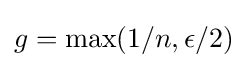
g=\max(1/n,\epsilon /2)